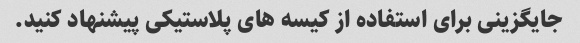
جایگزینی برای استفاده از کیسه های پلاستیکی پیشنهاد کنید.